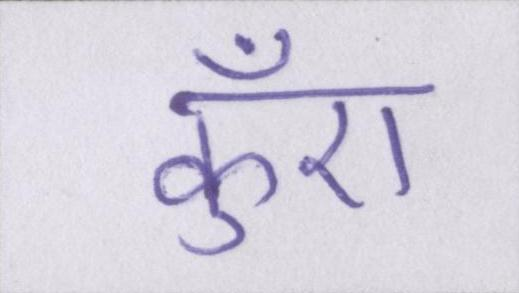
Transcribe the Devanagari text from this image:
कुँए